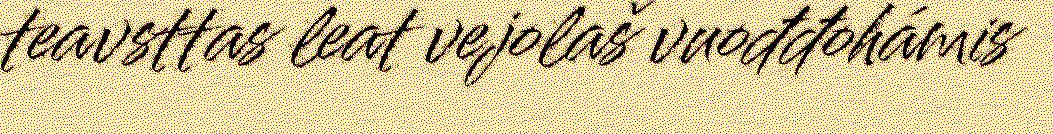
teavsttas leat vejolaš vuođđohámis